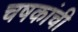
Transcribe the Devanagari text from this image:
चषकांची